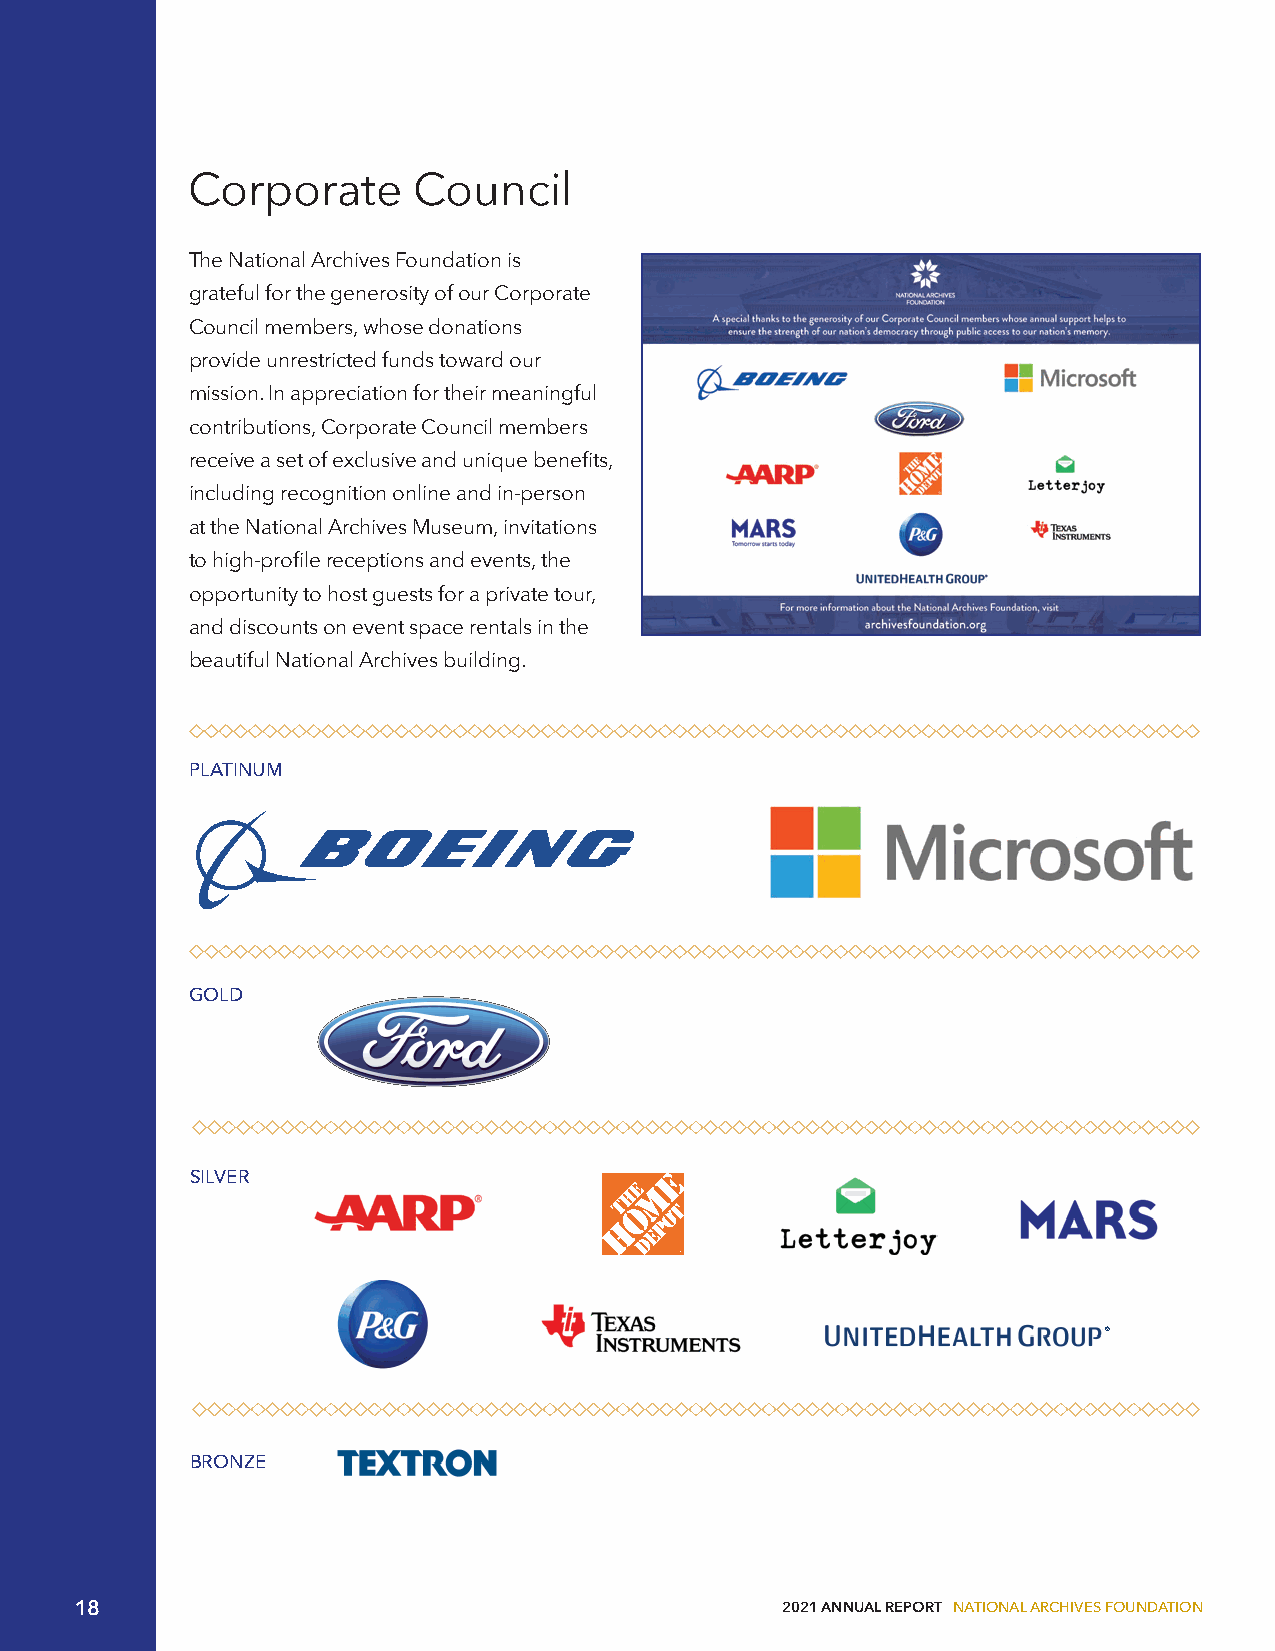
Corporate      Council
 The National Archives Foundation is
 grateful for the generosity of our Corporate
 Council members, whose donations
 provide unrestricted funds toward our
 mission. In appreciation for their meaningful
 contributions, Corporate Council members
 receive a set of exclusive and unique benefits,
 including recognition online and in-person
 at the National Archives Museum, invitations
 to high-profile receptions and events, the
 opportunity to host guests for a private tour,
 and discounts on event space rentals in the
 beautiful National Archives building.
 PLATINUM
 GOLD
 SILVER
 ®
 BRONZE
 18                                             2021 ANNUAL REPORT NATIONAL ARCHIVES FOUNDATION